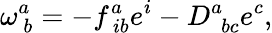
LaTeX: \omega_{\ b}^{a}=-f_{\ ib}^{a}e^{i}-D_{\ \ bc}^{a}e^{c},